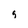
Character: s